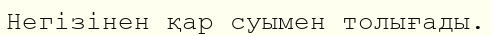
Негізінен қар суымен толығады.